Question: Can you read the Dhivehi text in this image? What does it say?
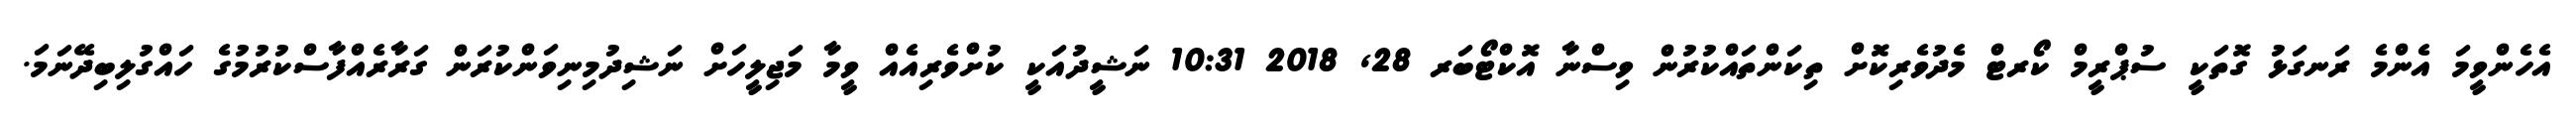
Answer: އެހެންވީމަ އެންމެ ރަނގަޅު ގޮތަކީ ސުޕްރީމް ކޯރޓް މެދުވެރިކޮށް ތިކަންތައްކުރުން ވިސްނާ އޮކްޓޯބަރ 28, 2018 10:31 ނަޝީދުއަކީ ކުށްވެރިއެއް ވީމާ މަޖިލީހަށް ނަޝިދުމިނިވަންކުރަން ގަރާރެއްފާސްކުރުމުގެ ހައްގުލިބިދޭނަމަ.